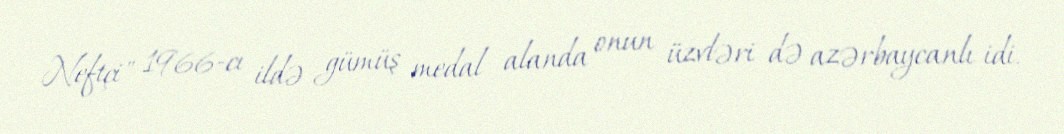
Neftçi" 1966-cı ildə gümüş medal alanda onun üzvləri də azərbaycanlı idi.